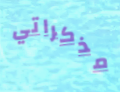
مذكراتي